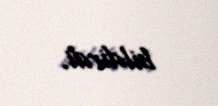
bildirdi.